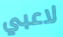
لاعبي